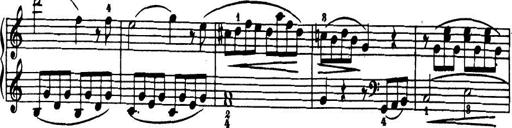
Title: 32 Sonatinas and Rondos for the Piano
Composer: Richard Kleinmichel